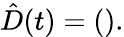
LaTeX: \hat{D}(t)=\left(\begin{array}{ll}\end{array}\right).